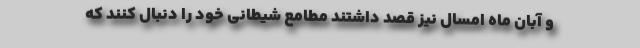
و آبان ماه امسال نیز قصد داشتند مطامع شیطانی خود را دنبال کنند که